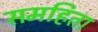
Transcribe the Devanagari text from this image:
समहिता